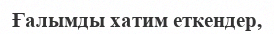
Ғалымды хатим еткендер,